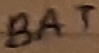
Text: BAT